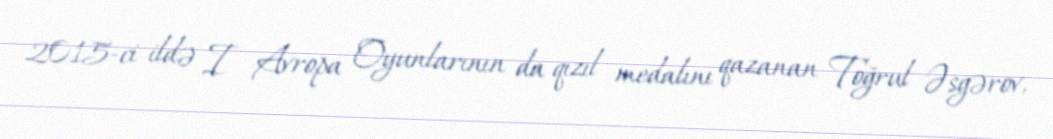
2015-ci ildə I Avropa Oyunlarının da qızıl medalını qazanan Toğrul Əsgərov,